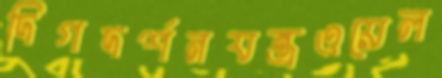
দিগদর্শনযন্ত্রওয়েল